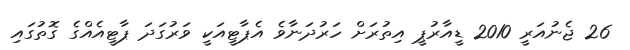
26 ޖެނުއަރީ 2010 ޑީއާރުޕީ އިތުރަށް ހަރުދަނާވެ އެޕާޓީއަކީ ވަރުގަދަ ޕާޓީއެއްގެ ގޮތުގައި